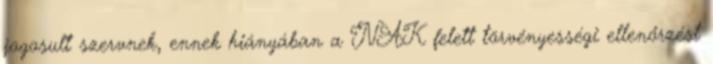
jogosult szervnek, ennek hiányában a NAK felett törvényességi ellenőrzést